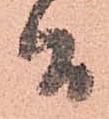
間